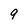
Character: 9